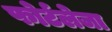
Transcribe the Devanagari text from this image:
फोर्टलेजा